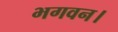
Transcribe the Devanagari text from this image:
भगवन।